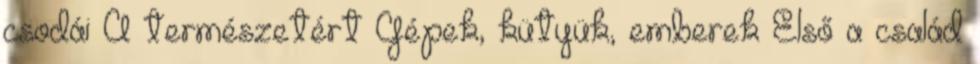
csodái A természetért Gépek, kütyük, emberek Első a család